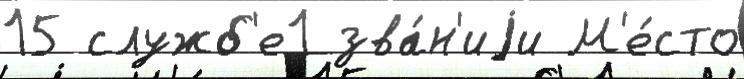
15 служб'е1 зва́н'иjи М'е́сто